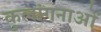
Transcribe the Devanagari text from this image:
कुलांगनाओं